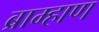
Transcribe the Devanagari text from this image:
ब्राम्हाण